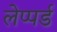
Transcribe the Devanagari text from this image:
लेप्पर्ड